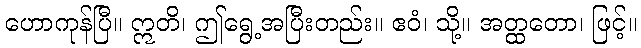
ဟောကုန်ပြီ။ ဣတိ၊ ဤရွေ့အပြီးတည်း။ ဧဝံ၊ သို့။ အတ္ထတော၊ ဖြင့်။